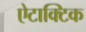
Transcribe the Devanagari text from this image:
ऐटाक्टिक